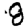
Digit: 8